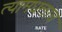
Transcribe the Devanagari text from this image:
त्यामधलाच